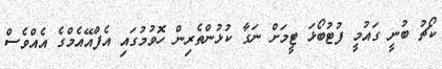
ކޯޗު ބުނީ ގައުމީ ފުޓުބޯޅަ ޓީމަށް ނަގާ ކުޅުންތެރިން ހޮވުމުގައި އެފްއޭއެމްގެ އެއްވެސް